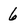
Character: 6